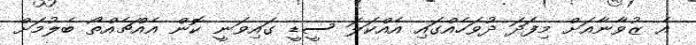
އެ ޒުވާނާއަށް މިފަދަ ދުވަހެއްގައި އެއްކަލަ ސީޑީ ގައިވަނީ ކޮން އެއްޗެއްތޯ ބެލުމަށް